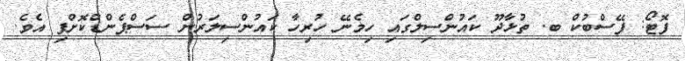
ފޮޓޯ: ފޭސްބުކް ބ. ތުޅާދޫ ކައުންސިލްގައި ހިމެނޭ ހުރިހާ ކައުންސިލަރުން ސަސްޕެންޑްކޮށްފި އެވެ.